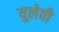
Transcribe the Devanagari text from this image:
युलेवी